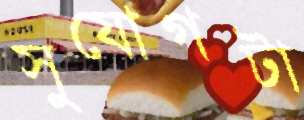
সুযোগটা